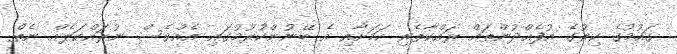
ގައުުމުގެ ކިރުގެ އުފެއްދުންތައް ރައްކާތެރި ކަމަށާއި އެ ބޭނުންކުރުމުގައި އެއްވެސް ނުރައްކަލެއް ނެތް